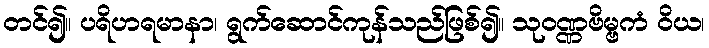
တင်၍။ ပရိဟရမာနာ၊ ရွက်ဆောင်ကုန်သည်ဖြစ်၍။ သုဝဏ္ဏဗိမ္ဗကံ ဝိယ၊